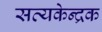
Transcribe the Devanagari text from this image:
सत्यकेन्द्रक